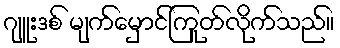
ဂျူးဒစ် မျက်မှောင်ကြုတ်လိုက်သည်။